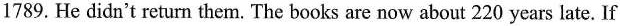
1789.He didn't return them.The books are now about 220 years late.If